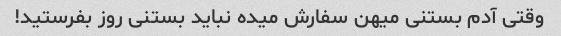
وقتی آدم بستنی میهن سفارش میده نباید بستنی روز بفرستید!